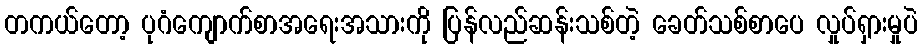
တကယ်တော့ ပုဂံကျောက်စာအရေးအသားကို ပြန်လည်ဆန်းသစ်တဲ့ ခေတ်သစ်စာပေ လှုပ်ရှားမှုပဲ